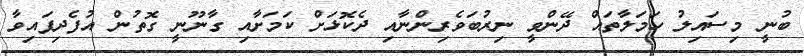
ބުނީ މިސައިލު ހަމަލާތައް ދޭންވީ ނިރުބަވެރިންނާއި ދެކޮޅަށް ކަމަށާއި ގާނޫނީ ގޮތުން އުފެދިފައިވާ